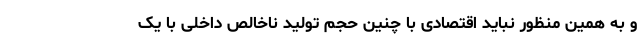
و به همین منظور نباید اقتصادی با چنین حجم تولید ناخالص داخلی با یک